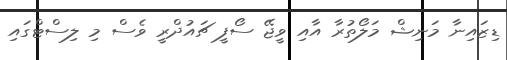
ޑިޒައިނާ މަނިޝް މަލޯތުރާ އާއި ވީޖޭ ސޯފީ ޗައުދްރީ ވެސް މި ލިސްޓްގައި